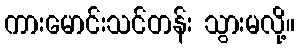
ကားမောင်းသင်တန်း သွားမလို့။